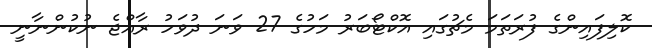
ކޮލިފައިންގެ ފުރަތަމަ މެޗުގައި އޮކްޓޯބަރު މަހުގެ 27 ވަނަ ދުވަހު ރާއްޖެ ނުކުންނާނީ